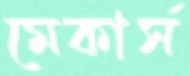
মেকার্স